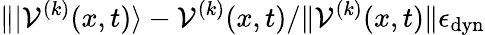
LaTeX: \| \vert\mathcal{V}^{(k)}(x,t)\rangle-{\mathcal{V}^{(k)}(x,t)}/\| {\mathcal{V}^{(k)}(x,t)}\| \le\epsilon_{\mathrm{dyn}}